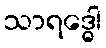
သာရဒ္ဓေါ